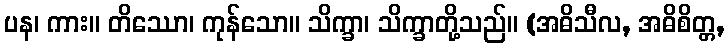
ပန၊ ကား။ တိဿော၊ ကုန်သော။ သိက္ခာ၊ သိက္ခာတို့သည်။ (အဓိသီလ, အဓိစိတ္တ,